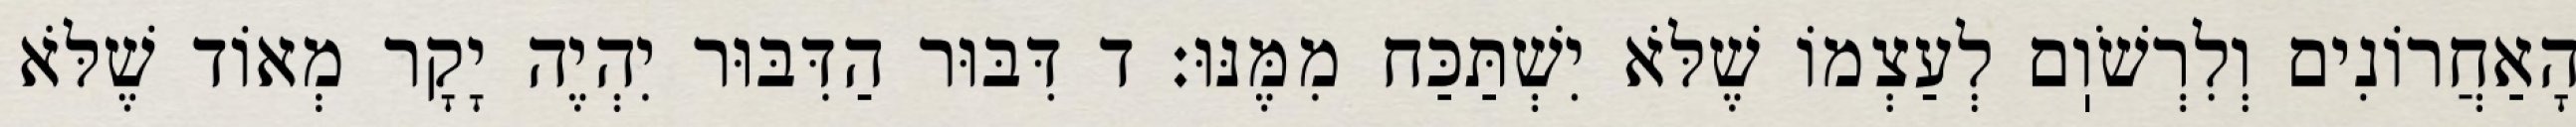
הָאַחֲרוֹנִים וְלִרְשֹׁוֽם לְעַצְמוֹ שֶׁלֹּא יִשְׁתַּכַּח מִמֶּנּוּ: ד דִּבּוּר הַדִּבּוּר יִהְיֶה יָקָר מְאוֹד שֶׁלֹּא